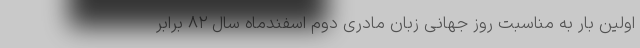
اولین بار به مناسبت روز جهانی زبان مادری دوم اسفندماه سال ۸۲ برابر